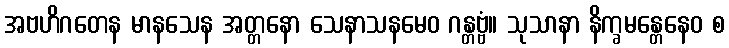
အဗဟိဂတေန မာနသေန အတ္တနော သေနာသနမေဝ ဂန္တဗ္ဗံ။ သုသာနာ နိက္ခမန္တေနေဝ စ